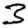
Digit: 3